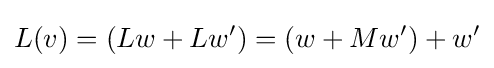
L(v)=(Lw+Lw')=(w+Mw')+w'